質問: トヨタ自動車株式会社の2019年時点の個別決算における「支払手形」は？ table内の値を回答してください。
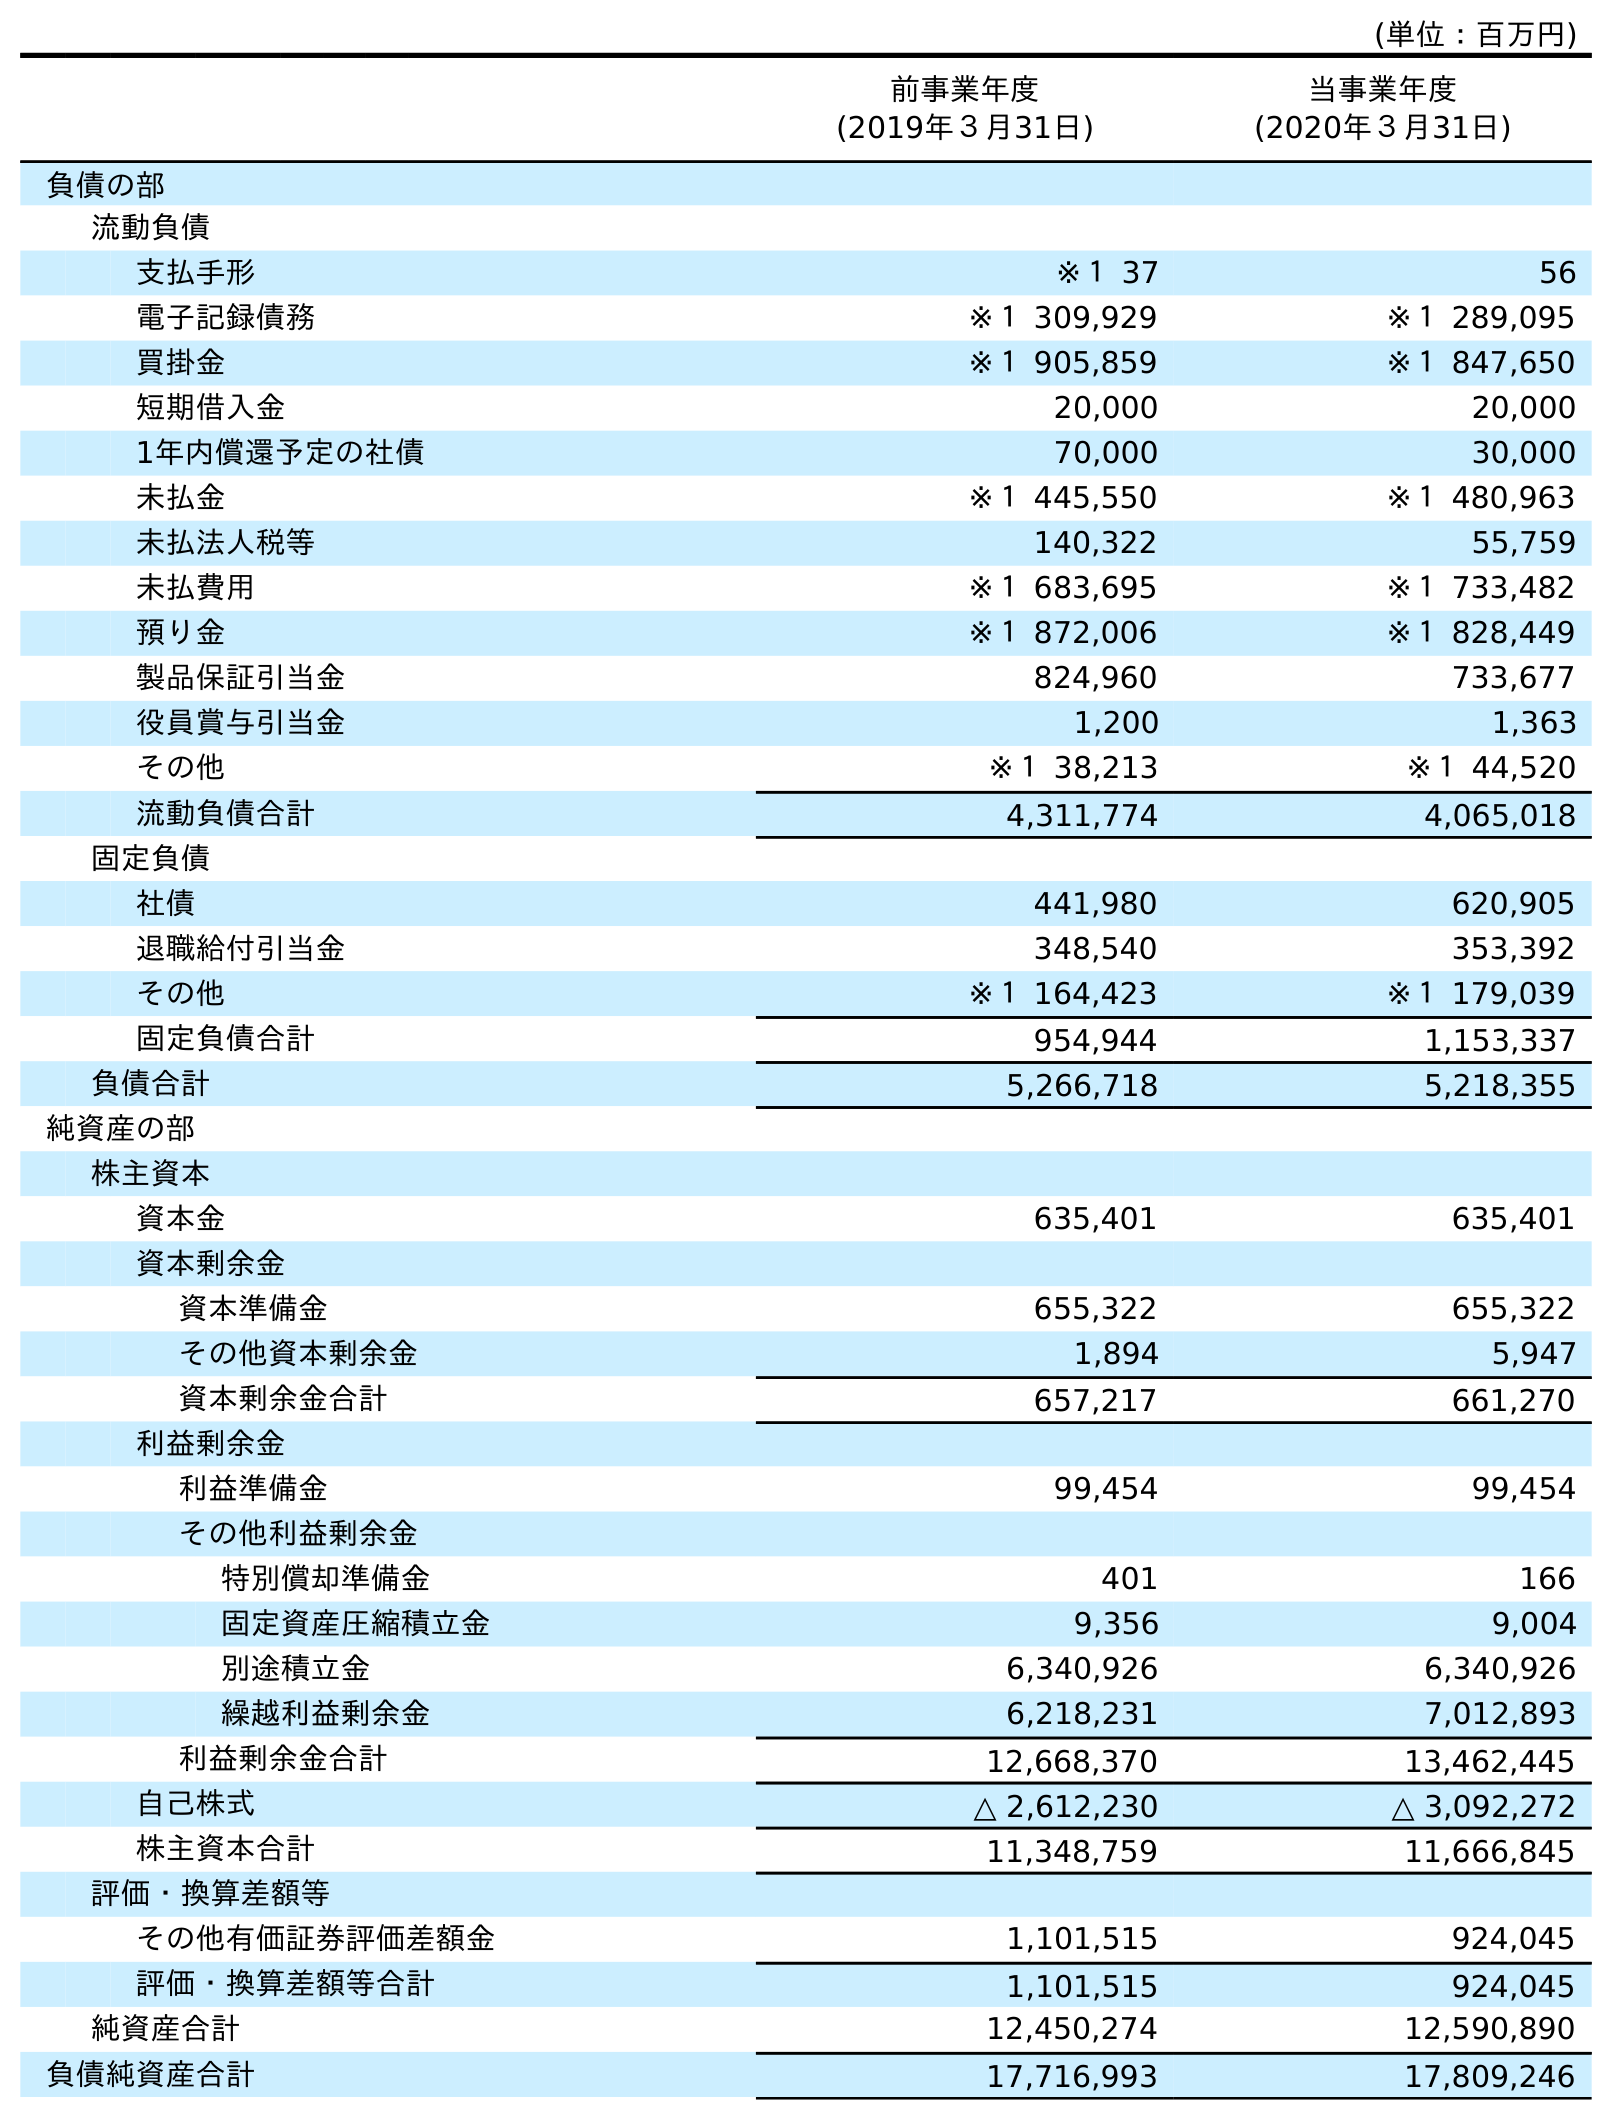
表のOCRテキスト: (単位：百万円) 前事業年度 (2019年３月31日) 当事業年度 (2020年３月31日) 負債の部 流動負債 支払手形 ※１ 37 56 電子記録債務 ※１ 309,929 ※１ 289,095 買掛金 ※１ 905,859 ※１ 847,650 短期借入金 20,000 20,000 1年内償還予定の社債 70,000 30,000 未払金 ※１ 445,550 ※１ 480,963 未払法人税等 140,322 55,759 未払費用 ※１ 683,695 ※１ 733,482 預り金 ※１ 872,006 ※１ 828,449 製品保証引当金 824,960 733,677 役員賞与引当金 1,200 1,363 その他 ※１ 38,213 ※１ 44,520 流動負債合計 4,311,774 4,065,018 固定負債 社債 441,980 620,905 退職給付引当金 348,540 353,392 その他 ※１ 164,423 ※１ 179,039 固定負債合計 954,944 1,153,337 負債合計 5,266,718 5,218,355 純資産の部 株主資本 資本金 635,401 635,401 資本剰余金 資本準備金 655,322 655,322 その他資本剰余金 1,894 5,947 資本剰余金合計 657,217 661,270 利益剰余金 利益準備金 99,454 99,454 その他利益剰余金 特別償却準備金 401 166 固定資産圧縮積立金 9,356 9,004 別途積立金 6,340,926 6,340,926 繰越利益剰余金 6,218,231 7,012,893 利益剰余金合計 12,668,370 13,462,445 自己株式 △ 2,612,230 △ 3,092,272 株主資本合計 11,348,759 11,666,845 評価・換算差額等 その他有価証券評価差額金 1,101,515 924,045 評価・換算差額等合計 1,101,515 924,045 純資産合計 12,450,274 12,590,890 負債純資産合計 17,716,993 17,809,246
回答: ※１37